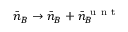
\bar { n } _ { B } \rightarrow \bar { n } _ { B } + \bar { n } _ { B } ^ { \mathrm { ~ u ~ n ~ t ~ } }